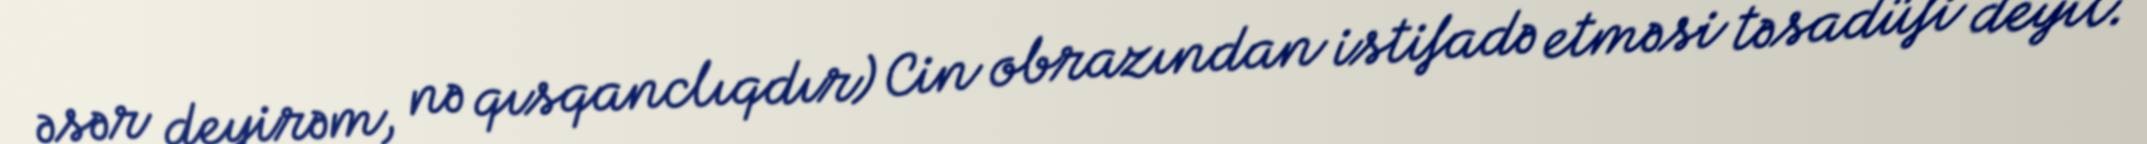
əsər deyirəm, nə qısqanclıqdır) Cin obrazından istifadə etməsi təsadüfi deyil.